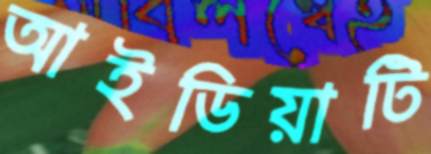
আইডিয়াটি